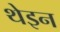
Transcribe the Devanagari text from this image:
थेइन